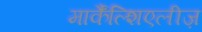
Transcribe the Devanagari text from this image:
मार्कैंल्शिएलीज़